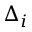
\Delta _ { i }